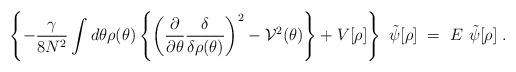
LaTeX: \begin{align*}\left\{-\frac{\gamma}{8N^2}\int d\theta \rho(\theta)\left\{ \left(\frac{\partial}{\partial\theta}\frac{\delta}{\delta\rho(\theta)}\right)^2-{\cal V}^2(\theta)\right\}+V[\rho]\right\}~\tilde\psi[\rho]~=~E~\tilde\psi[\rho] \; .\end{align*}